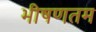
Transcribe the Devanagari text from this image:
भीषणतम